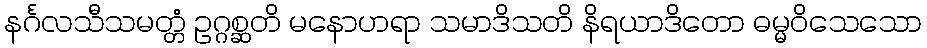
နင်္ဂလသီသမတ္တံ ဥဂ္ဂစ္ဆတိ မနောဟရာ သမာဒိသတိ နိရယာဒိတော ဓမ္မဝိသေသော